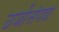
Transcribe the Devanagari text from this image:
उर्जासंपदा